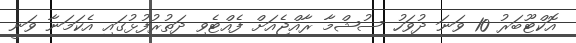
އޮކްޓޫބަރު 10 ވަނަ ދުވަހު ސުޝްމާ ރާއްޖެއަށް ފެއްޓެވި ދަތުރުފުޅުގައި އެކަމަނާ ވަނީ